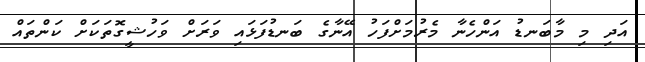
އަދި މި މާބަނޑު އަންހެނާ މެރުމަށްފަހު އޭނާގެ ބަނޑުފަޅައި ވަރަށް ވަހުޝީގޮތަކަށް ކަންތައް